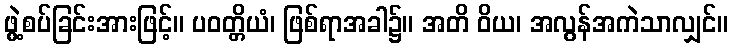
ဖွဲ့စပ်ခြင်းအားဖြင့်။ ပဝတ္တိယံ၊ ဖြစ်ရာအခါ၌။ အတိ ဝိယ၊ အလွန်အကဲသာလျှင်။